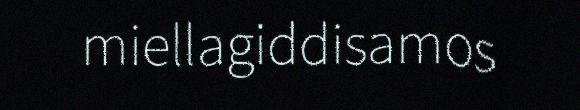
miellagiddisamos